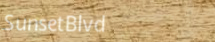
SunsetBlvd